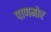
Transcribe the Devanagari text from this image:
पाणमोर